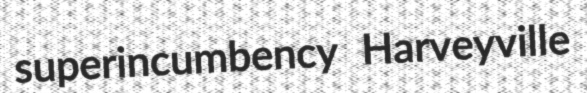
superincumbency Harveyville